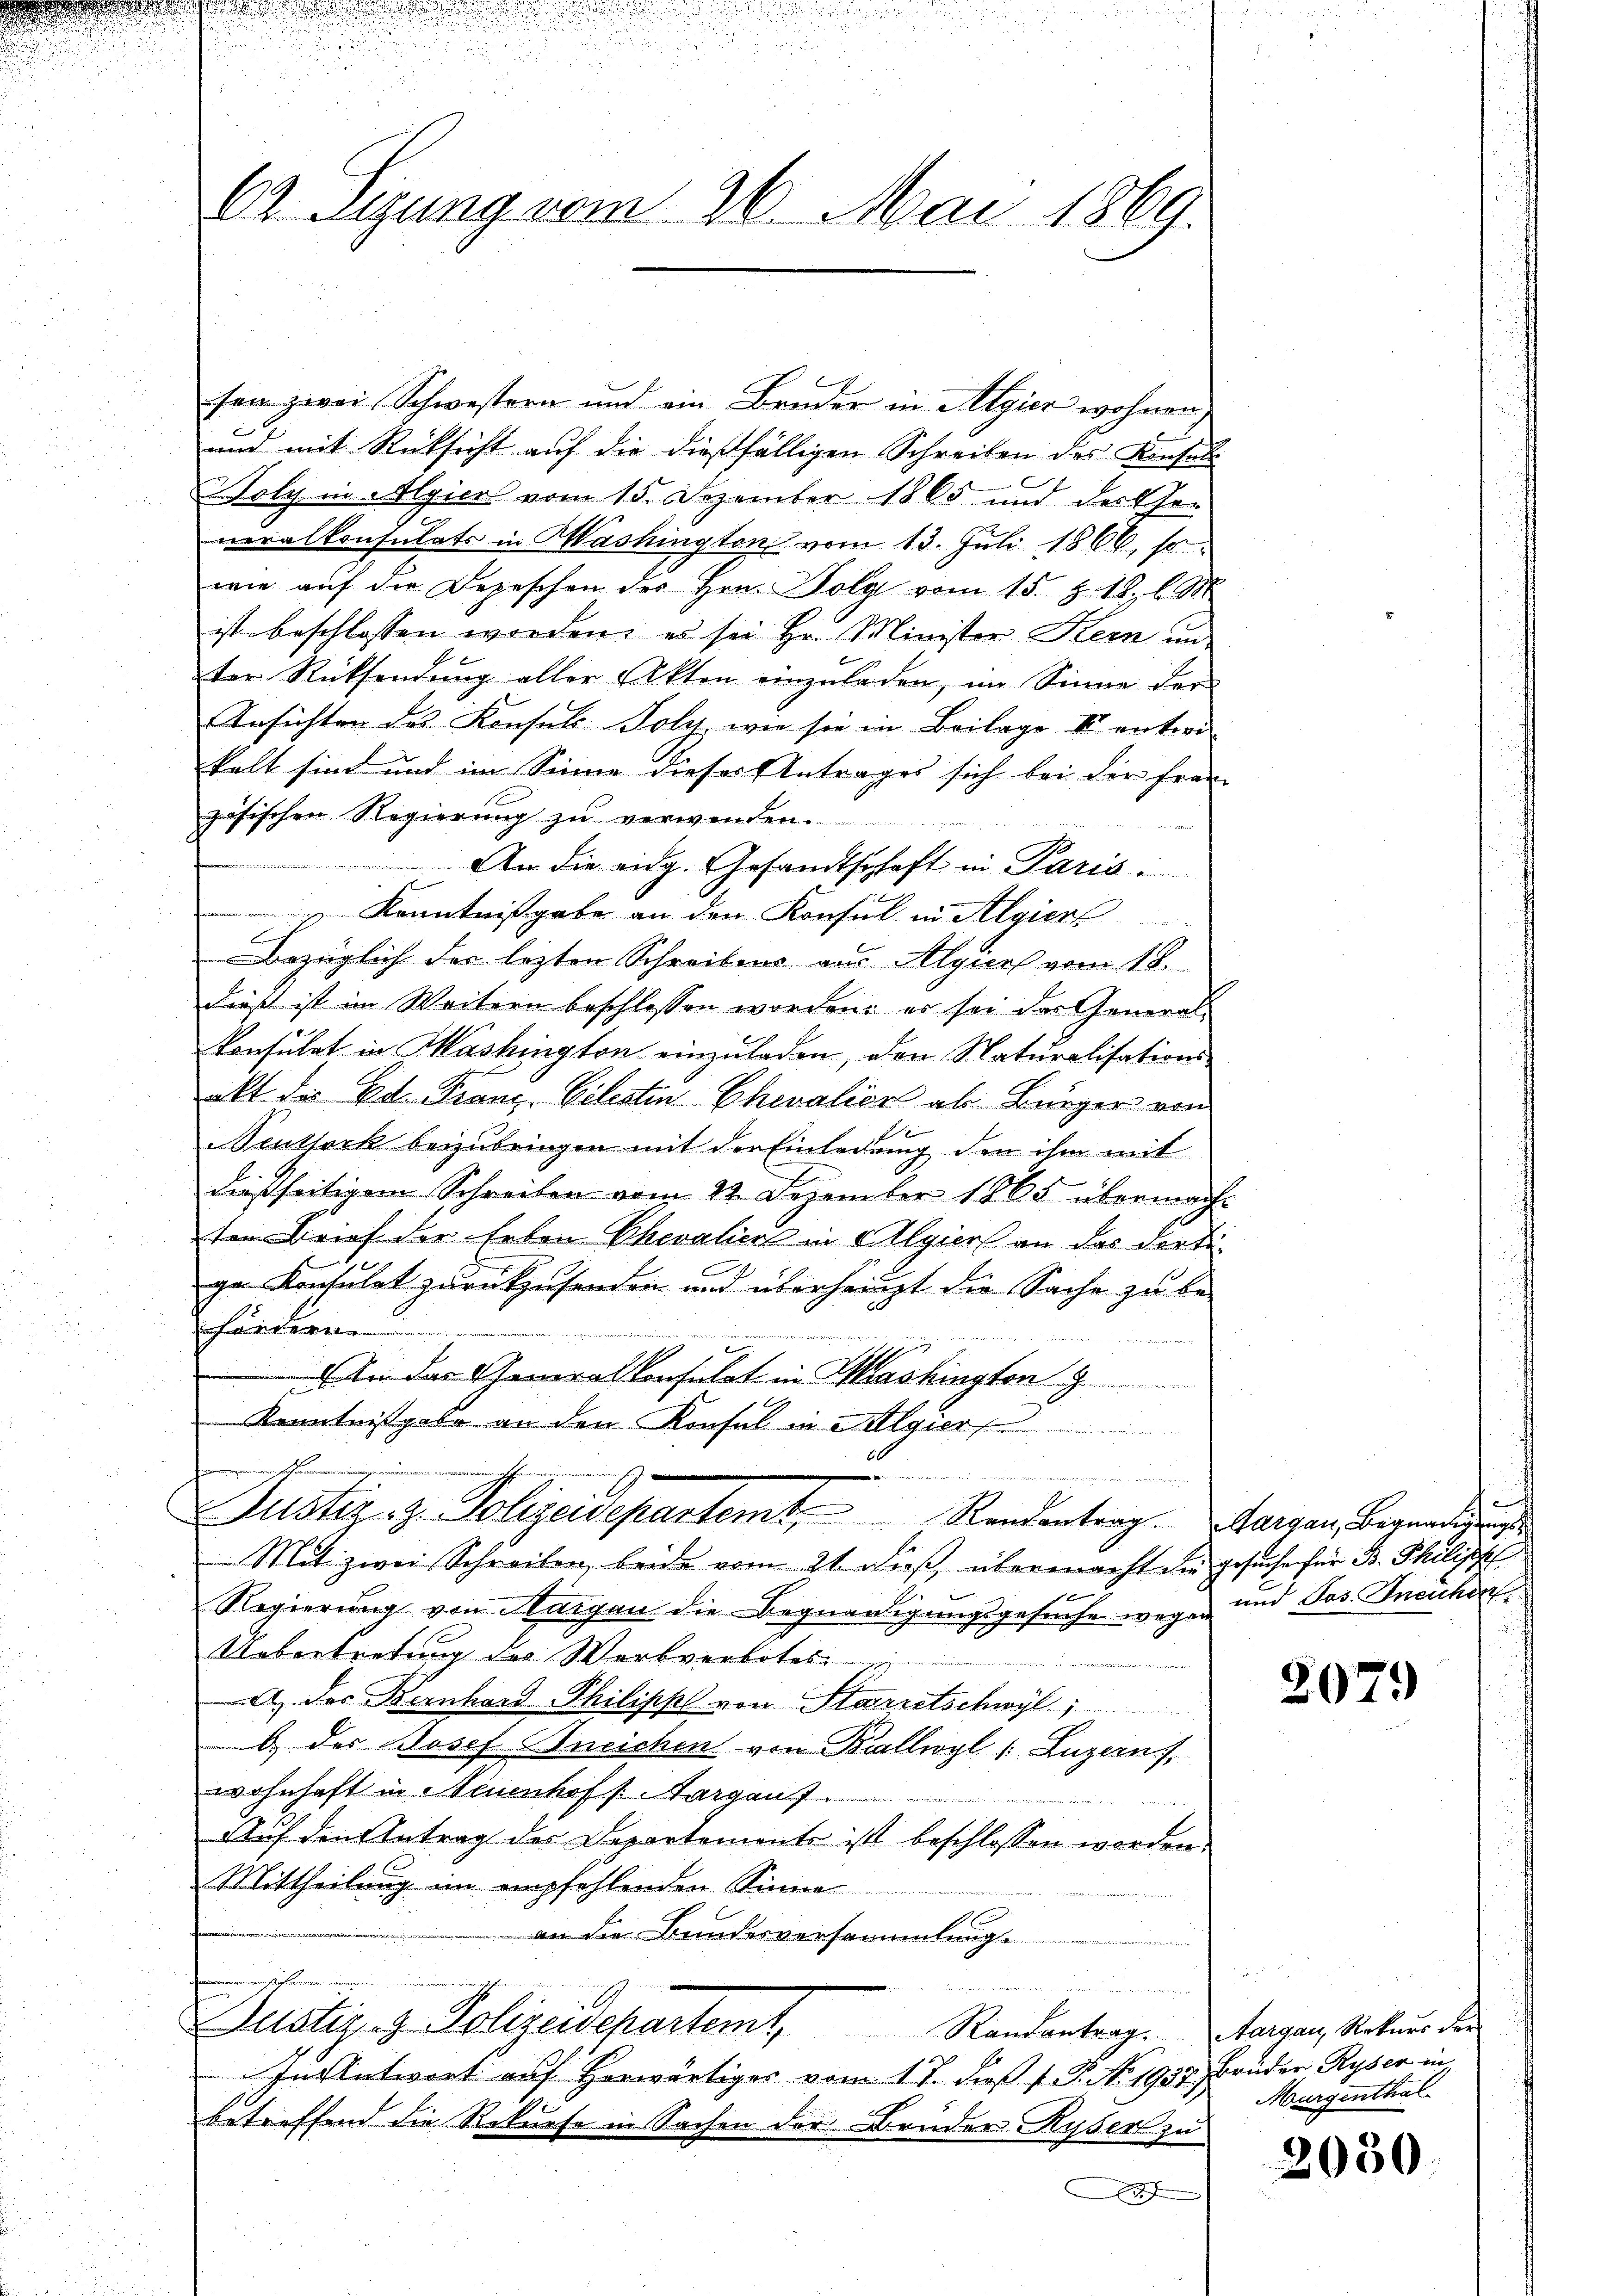
e
62. Sizung vom 26. Mai 1869.

sen zwei Schwestern und ein Bruder in Algier wohnen
t
und mit Rücksicht auf die dießfälligen Schreiben des Konsuls
Holy in Algiers vom 15. Dezember 1865 und der Ge-
neralkonsulats in Washington vom 13. Juli 1866, so
wie aŭf der Depeschen des Hrn. Wolg vom 15. Z. 18. l. M.
ist beschlossen werden; es sei Hr. Minister Kern un
ter Rücksendung aller Akten einzŭladen, im Sinne der
Ansichten des Konsuls Poly, wie sie in Beilage III unteri
kalt sind und im Sinne dieser Antrages sich bei der Frau
zösischen Regierŭng zŭ verwenden.
2
An die eidg. Gesandtschaft in Paris.
 Kenntnißgabe an den Konsul in Algier
2
Bezüglich der lezten Schreibens aus Algiers vom 18.
dieß ist im Weitern beschlossen worden; es sei das Generalkonsulat in Mashington einzuladen, den Naturalisationsalt die Ed. Franz-Vilestin Chevalien ab. Bürger von
D
Stuttock beizubringen mit der Einladung den ihm mit
dießseitigem Schreiben vom 22. Dezember 1865 übermacht
ten Brief der Erben Chevalien in Algier an das dortige Konsulat zurückzusenden und überhaupt die Sache zu befördern
 An das Generalkonsulat in Washingten
Kenntnißgabe an den Konfel in Algier
e
.
Justiz z. Polizeidepartemt. Randantrag. Margau, Begnadigung
Mit zwei Schreiben beide vom 21 dieß, übermacht die gesuche für B. Philisch
e
Regierung von Aargau die Begnadigungsgesuche wegen und Jos. Ineichen
Uebertretung der Werkverbotes
A. der Bernhard Philipp von Starretschwyl,
b. des Josef Aneichen von Billwyl (Luzern,
wohnhaft in Neuenhof s. Aargau
Auf den Antrag der Departemente ist beschlossen worden.
Mittheilung im empfehlenden Sinne
an die Bundesversammlung.
mieren stehen
Dustiz- & Polizeidepartemt,
Rautantrag. Aargau, Rekurs der
In Antwort auf herwärtiger vom 17. dieß f. P. No 1937. Brüder Ryser in
betreffend die Rekurse in Sachen der Bruder Ryserl zu
A

2079

Murgenthal.

2030